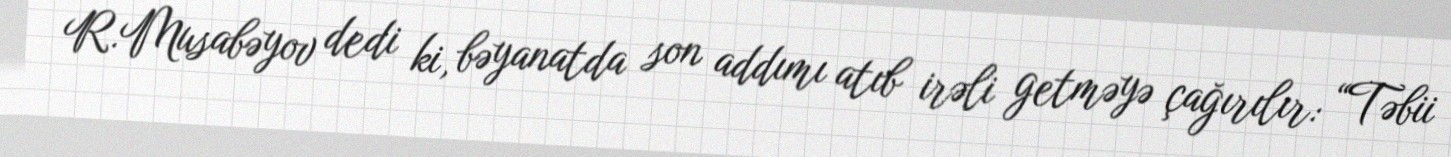
R.Musabəyov dedi ki, bəyanatda son addımı atıb irəli getməyə çağırılır: “Təbii